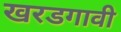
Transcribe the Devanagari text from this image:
खरडगावी